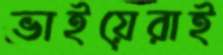
ভাইয়েরাই